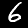
Digit: 6